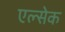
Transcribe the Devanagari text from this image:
एल्सेक